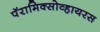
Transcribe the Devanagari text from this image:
पॅरामिक्सोव्हायरस